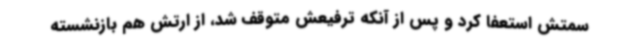
سمتش استعفا کرد و پس از آنکه ترفیعش متوقف شد، از ارتش هم بازنشسته